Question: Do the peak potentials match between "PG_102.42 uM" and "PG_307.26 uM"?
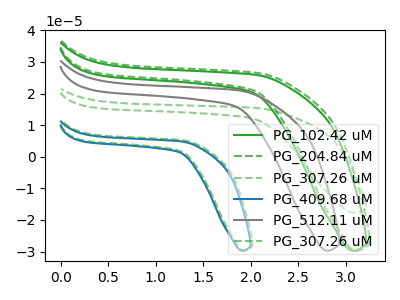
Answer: <think>The green curve "PG_102.42 uM" has no peaks. The green dashed curve "PG_204.84 uM" has no peaks. The green dashed curve "PG_307.26 uM" has no peaks. The blue curve "PG_409.68 uM" has no peaks. The gray curve "PG_512.11 uM" has no peaks. The green dashed curve "PG_307.26 uM" has no peaks.</think>
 <answer>Niether CV has any peaks.</answer>
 <eval>blanks</eval>